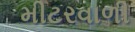
મીટરવાળી